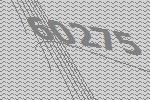
60275